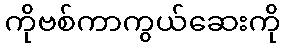
ကိုဗစ်ကာကွယ်ဆေးကို